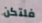
فلتكن